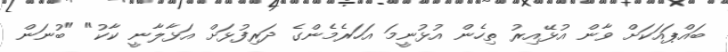
ބައްޕައަކަށް ވާން އުޅޭއިރު ތިހެން އުޅުނީމަ އަހަރެމެންގެ ދަރިފުޅަށް އަޅާލާނީ ކާކު" "ބުނަން